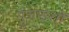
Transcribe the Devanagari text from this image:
गुंजाइशों